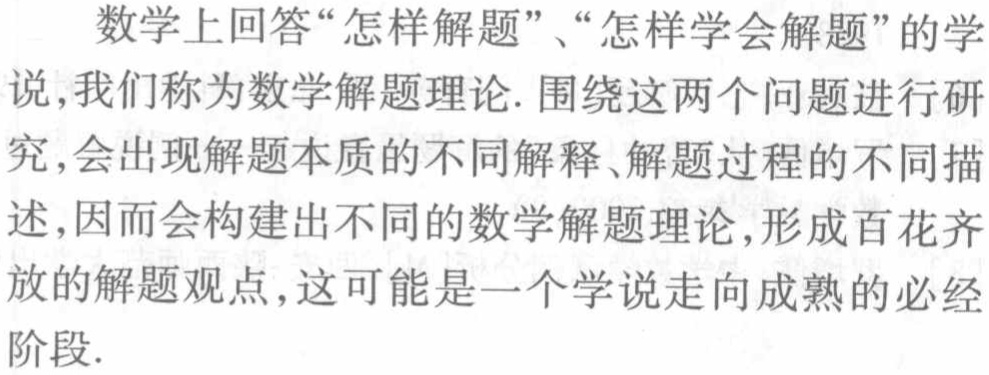
数学上回答“怎样解题”、“怎样学会解题”的学说,我们称为数学解题理论. 围绕这两个问题进行研究,会出现解题本质的不同解释、解题过程的不同描述,因而会构建出不同的数学解题理论,形成百花齐放的解题观点,这可能是一个学说走向成熟的必经阶段.